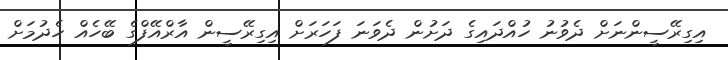
އިގިރޭސީންނަށް ދެވުނު ހުއްދައިގެ ދަށުން ދެވަނަ ފަހަރަށް އިގިރޭސީން އާރްއޭފްގެ ބޭހެއް ހެދުމަށް